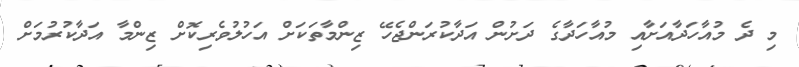
މި ދެ މުއާހަދާއަށާއި މުއާހަދާގެ ދަށުން އަދާކުރަންޖެހޭ ޒިންމާތަކަށް އަހުލުވެރިކޮށް ޒިންމާ އަދާކުރުމަށް